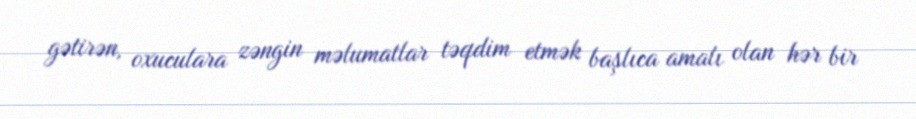
gətirən, oxuculara zəngin məlumatlar təqdim etmək başlıca amalı olan hər bir